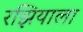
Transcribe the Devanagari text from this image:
रझियाला